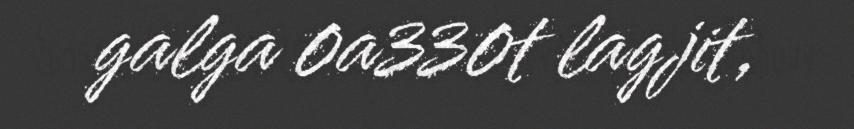
galga 0a330t lagjit,